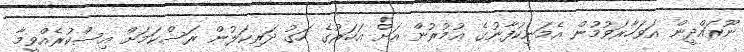
ނޫރައްދީން އަވަހާރަވުމުން އެމަނިކުފާނުގެ ޢުމުރުން އަށް އަހަރުގެ ހަގު ދަރިކަލުން ރަސްކަމަށް އިސްކުރެއްވީމާ